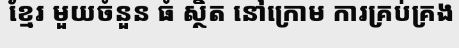
ខ្មែរ មួយចំនួន ធំ ស្ថិត នៅក្រោម ការគ្រប់គ្រង